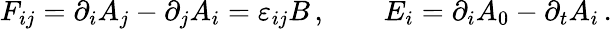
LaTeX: F_{ij}=\partial_{i}A_{j}-\partial_{j}A_{i}=\varepsilon_{ij}B\, ,\qquad E_{i}=\partial_{i}A_{0}-\partial_{t}A_{i}\, .